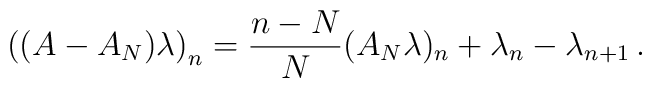
\bigl((A-A_N)\lambda\bigr)_n=\frac{n-N}{N}(A_N\lambda)_n+\lambda_n-\lambda_{n+1}\,.